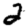
Digit: 2